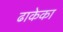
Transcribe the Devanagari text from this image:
ढाकेका